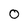
Character: O